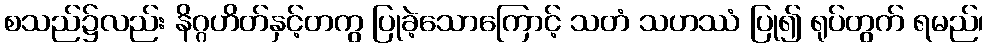
စသည်၌လည်း နိဂ္ဂဟိတ်နှင့်တကွ ပြုခဲ့သောကြောင့် သတံ သဟဿံ ပြု၍ ရုပ်တွက် ရမည်၊